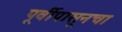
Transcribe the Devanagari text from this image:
पूर्वीपासूनचा